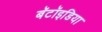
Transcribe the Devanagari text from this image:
बॅटॉइडिया